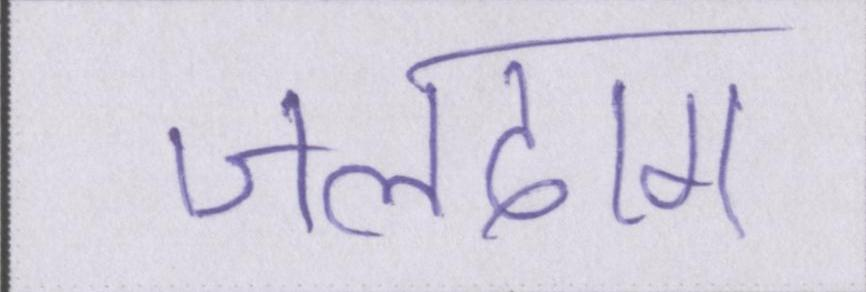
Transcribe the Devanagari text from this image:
जलदाग